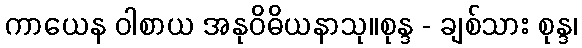
ကာယေန ဝါစာယ အနုဝိဓိယနာသု။စုန္ဒ - ချစ်သား စုန္ဒ၊